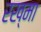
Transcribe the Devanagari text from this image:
रख्मा